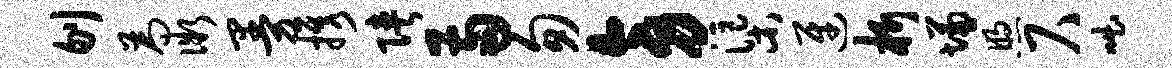
刎为微曼携陕两匆旁渠迓析慊煦尺咄